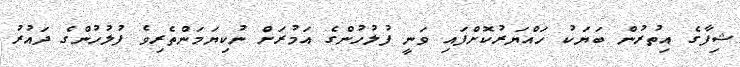
ޝިފާގެ އިތުރުން ބަޔަކު ހައްޔަރުކޮށްފައި ވަނީ ފުލުހުންގެ އަމުރަށް ނުކިޔަމަންތެރިވެ ފުލުހުންގެ ދައުރު